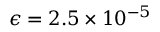
\epsilon = 2 . 5 \times 1 0 ^ { - 5 }